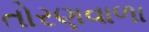
તોરણવાળા